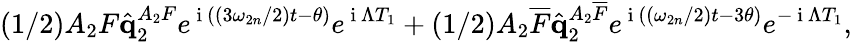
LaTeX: \left(1/2\right)A_{2}F\hat{\mathbf{q}}_{2}^{A_{2}F}e^{\mathrm{~i~}\left(\left(3\omega_{2n}/2\right)t-\theta\right)}e^{\mathrm{~i~}\Lambda T_{1}}+\left(1/2\right)A_{2}\overline{{F}}\hat{\mathbf{q}}_{2}^{A_{2}\overline{{F}}}e^{\mathrm{~i~}\left(\left(\omega_{2n}/2\right)t-3\theta\right)}e^{-\mathrm{~i~}\Lambda T_{1}},